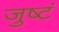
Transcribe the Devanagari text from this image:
जुष्टं